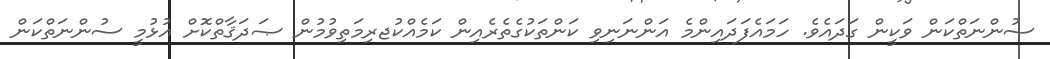
ސުންނަތްކަން ވަކީން ގަދައެވެ. ހަމައެފަދައިންމެ އަންނަނިވި ކަންތަކުގެތެރެއިން ކަމެއްކުޖރިމަތިވުމުން ޞަދަޤާތްކޮށް އުޅުމީ ސުންނަތްކަން